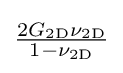
{\tfrac {2G_{\mathrm {2D} }\nu _{\mathrm {2D} }}{1-\nu _{\mathrm {2D} }}}